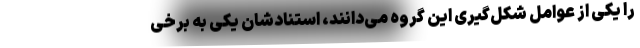
را یکی از عوامل شکل‌گیری این گروه می‌دانند، استنادشان یکی به برخی